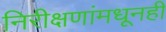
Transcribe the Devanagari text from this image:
निरीक्षणांमधूनही